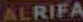
ALRIFA